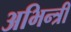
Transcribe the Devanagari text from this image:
अभिन्त्री